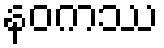
နဝကဿ